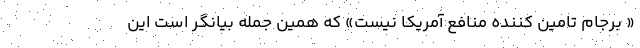
« برجام تامین کننده منافع آمریکا نیست» که همین جمله بیانگر است این